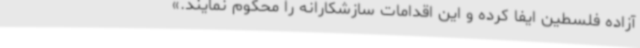
آزاده فلسطین ایفا کرده و این اقدامات سازشکارانه را محکوم نمایند.»